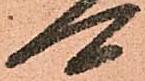
可